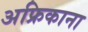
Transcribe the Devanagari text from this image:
अफ्रिकाना